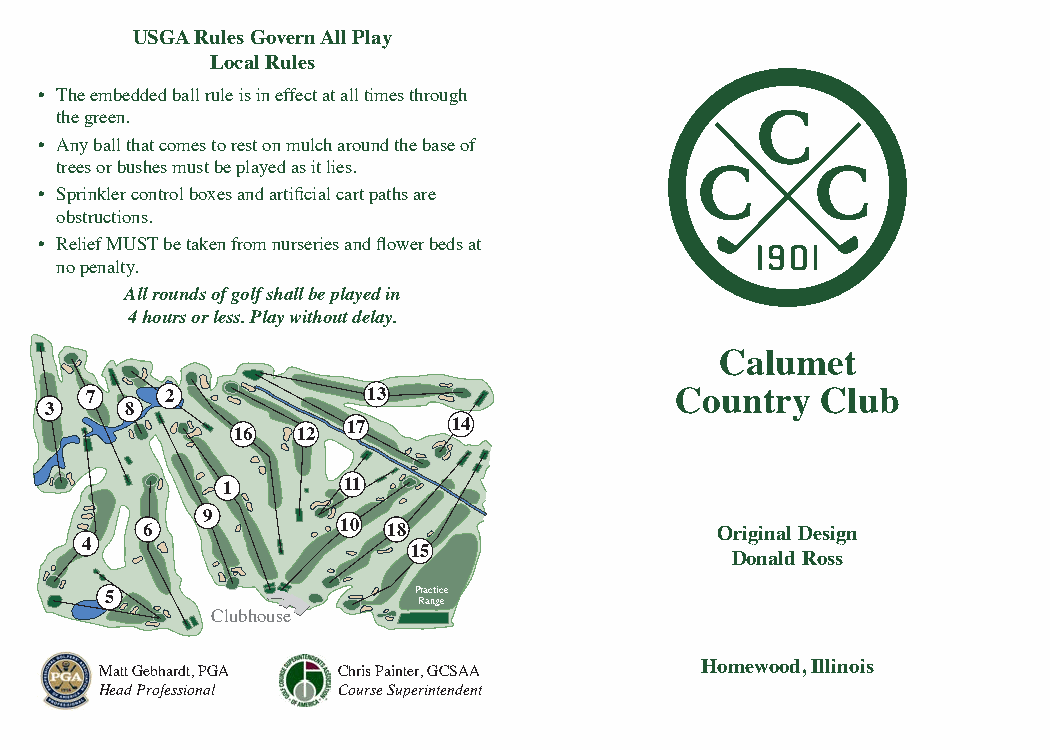
USGA Rules Govern All Play
 Local Rules
 • The embedded ball rule is in effect at all times through
 the green.
 • Any ball that comes to rest on mulch around the base of
 trees or bushes must be played as it lies.
 • Sprinkler control boxes and artificial cart paths are
 obstructions.
 • Relief MUST be taken from nurseries and flower beds at
 no penalty.
 All rounds of golf shall be played in
 4 hours or less. Play without delay.
 Calumet
 7    2            13                   Country  Club
 3    8
 17     14
 16   12
 1       11
 9
 6             10 18                   Original Design
 4
 15                   Donald Ross
 5                   P Rra ac nt gic ee
 Clubhouse
 Homewood, Illinois
 Matt Gebhardt, PGA Chris Painter, GCSAA
 Head Professional Course Superintendent